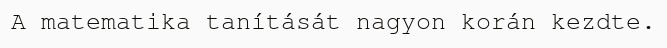
A matematika tanítását nagyon korán kezdte.